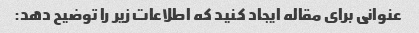
عنوانی برای مقاله ایجاد کنید که اطلاعات زیر را توضیح دهد: